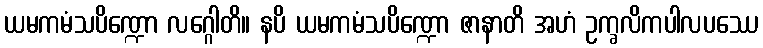
ယမကမံသပိဏ္ဍော လဂ္ဂေါတိ။ နပိ ယမကမံသပိဏ္ဍော ဇာနာတိ အဟံ ဥက္ခလိကပါလပဿေ